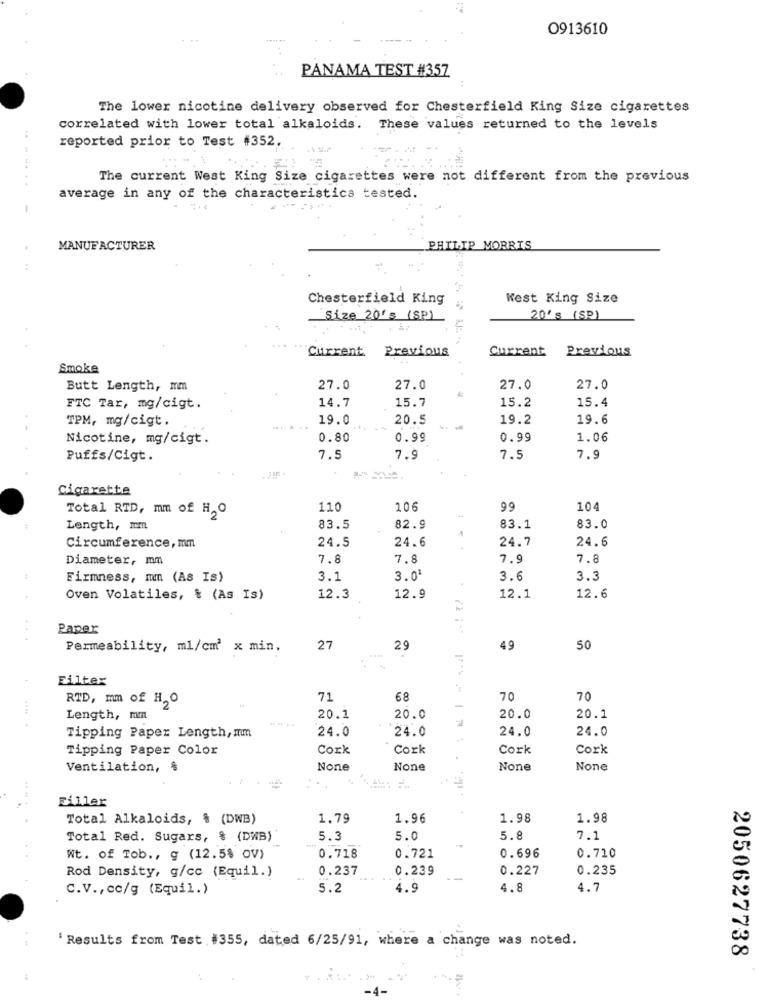
0913610
PANAMA TEST #357
The lower nicotine delivery observed for Chesterfield King Size cigarettes
correlated with lower total alkaloids. These values returned to the levels
reported prior to Test #352.
The current West King Size cigarettes were not different from the previous
average in any of the characteristics tested.
1
MANUFACTURER
PHILIP MORRIS
Chesterfield King
West King Size
Size 20's (SP)
20's (SP)
Current
Previous
Current
Previous
Smoke
Butt Length, mm
27.0
27.0
27.0
27.0
15.7
15.4
FTC Tar, mg/cigt.
14.7
15.2
TPM, mg/cigt.
19.0
20.5
19.2
19.6
... ...
Nicotine, mg/cigt.
0.80
0.99
0.99
1.06
Puffs/Cigt.
7.5
7.9
7.5
7.9
Cigarette
Total RTD, mm of H, O
110
106
-
99
104
Length, mm
83.5
82.9
1
83.1
83.0
24.7
24.6
Circumference, mm
24.5
24.6
Diameter, mm
7.8
7.8
7.9
7.8
Firmness, mm (As Is)
3.1
3.01
3.6
3.3
Oven Volatiles, % (As Is)
12.3
12.9
12.1
12.6
Paper
Permeability, ml/cm' x min.
27
29
49
50
Filter
RTD, mm of HO
71
68
70
70
Length, mm
20.1
20.0
20.0
20.1
24.0
24.0
24.0
24.0
Tipping Paper Length, mm
Tipping Paper Color
Cork
Cork
Cork
Cork
Ventilation, &
Filler
Total Alkaloids, & (DWB)
1.79
1.96
1.98
1.98
Total Red. Sugars, & (DWB)
5.3
5.0
5.8
7.1
0.718
0.696
0.710
Wt. of Tob ., g (12.5% OV)
0.721
Rod Density, g/cc (Equil.)
0.237
0.239
0.227
0.235
C.V ., cc/g (Equil.)
5.2
4.9
4.8
4.7
'Results from Test #355, dated 6/25/91, where a change was noted.
2050627738